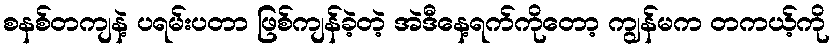
စနစ်တကျနဲ့ ပရမ်းပတာ ဖြစ်ကျန်ခဲ့တဲ့ အဲဒီနေ့ရက်ကိုတော့ ကျွန်မက တကယ့်ကို